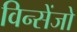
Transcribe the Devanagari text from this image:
विन्सेंजो